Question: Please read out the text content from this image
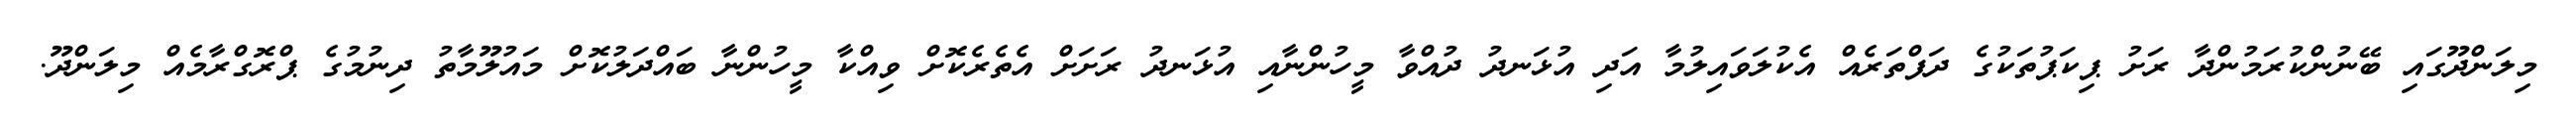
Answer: މިލަންދޫގައި ބޭނުންކުރަމުންދާ ރަށު ޕިކަޕުތަކުގެ ދަފްތަރެއް އެކުލަވައިލުމާ އަދި އުޅަނދު ދުއްވާ މީހުންނާއި އުޅަނދު ރަށަށް އެތެރެކޮށް ވިއްކާ މީހުންނާ ބައްދަލުކޮށް މައުލޫމާތު ދިނުމުގެ ޕްރޮގްރާމެއް މިލަންދޫ.